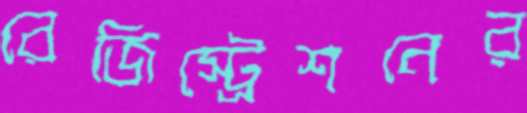
রেজিস্ট্রেশনের